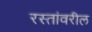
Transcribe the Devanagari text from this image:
रस्तांवरील